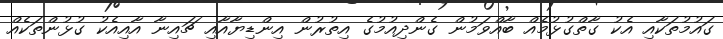
ގައުމުތަކާއި އެކު ގާތްގުޅުމެއް ބާއްވަމުން ގެންދިއުމުގެ އިތުރުން އިންޑިޔާއާއި ޗައިނާ އާއިއެކު ގުޅުންތަކެއް